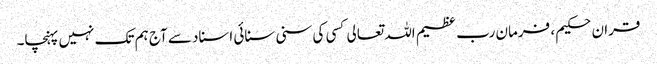
قران حکیم ، فرمان رب عظیم اللہ تعالی کسی کی سنی سنائی اسناد سے آج ہم تک نہیں پہنچا۔